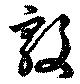
敦